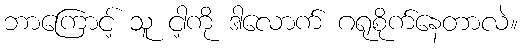
ဘာကြောင့် သူ ငါ့ကို ဒါလောက် ဂရုစိုက်နေတာလဲ။